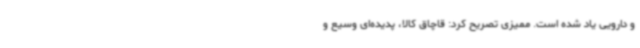
و دارویی یاد شده است. ممیزی تصریح کرد: قاچاق کالا، پدیده‌ای وسیع و